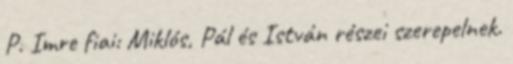
P. Imre fiai: Miklós, Pál és István részei szerepelnek.